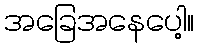
အခြေအနေပေါ့။